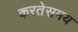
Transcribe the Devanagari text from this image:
करतेसमय